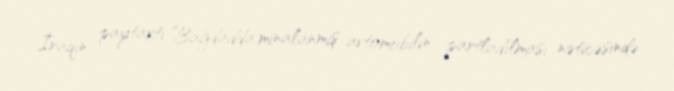
İraqın paytaxtı Bağdadda minalanmış avtomobilin partladılması nəticəsində